Medical and sanitary report of the native army of Bengal for the year
Year: 1877
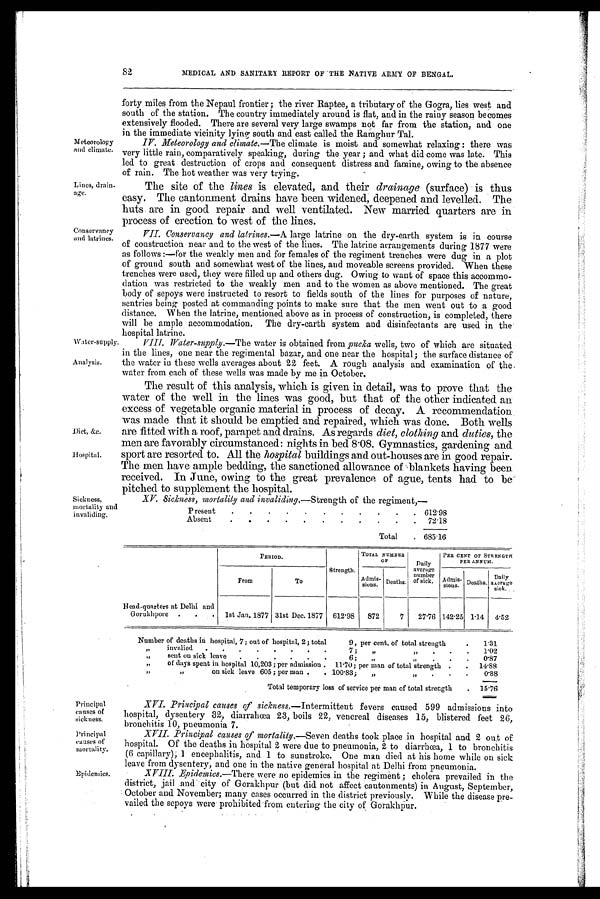
Meteorology
and climate.
Lines, drain-
age.
Conservancy
and latrines.
Water-supply.
Analysis.
Diet, &c.
hospital.
Sickness,
mortality and
invaliding.
Principal
causes of
sickness.
Principal
causes of
mortality.
Epidemics.
THE NATIVE ARMY OF BENGAL,
forty miles from the Nepaul frontier ; the river Raptee, a tributary of the Gogra, lies west and
south of the station. The country immediately around is flat, and in the rainy season becomes
extensively flooded. There are several very large swamps not far from the station, and one
in the immediate vicinity lying south and east called the Ramghur Tal.
IV. Meteorology and climate.— The climate is moist and somewhat relaxing there was
very little rain, comparatively speaking, during the year ; and what did come was late. This
led. to great destruction of crops and consequent distress and famine, owing to the absence
of rain. The hot weather was very trying.
The site of the lines is elevated, and their drainage (surface) is thus
easy. The cantonment drains have been widened, deepened and levelled. The
huts. are in good repair and well ventilated. New married quarters are in
process of erection to west of the lines.
VII.
Conservancy and latrines.— A large latrine on the dry-earth. system is in course
of construction near and to the west of the lines. The latrine arrangements during 1877 were
as follows :—for the weakly men and for females of the regiment trenches were dug in a plot
of ground south and somewhat west of the lines, and moveable screens provided. When these
trenches were used, they were filled up and others dug. Owing to want of space this accommo-
dation was restricted to the weakly men and to the women as above mentioned. The great
body of sepoys were instructed to resort to fields south of the lines for purposes of nature,
sentries being posted at commanding points to make sure that the men went out to a good
distance. When the latrine, mentioned above as in process of construction, is completed, there
will be ample accommodation. The dry-earth system and disinfectants are used in the
hospital latrine.
VIII.
Water-supply.—The water is obtained from pucka wells, two of which are situated
in the lines, one near the regimental bazar, and one near the hospital; the surface distance of
the water in these wells averages about 22 feet. A rough analysis and examination of the
water from each of these wells was made by me in October.
The result of this analysis, which is given in detail, was to prove that the
water of the well in the lines was good, but that of the other indicated an
excess of vegetable organic material in process of decay. A recommendation.
was made that it should be emptied and repaired, which was done. Both wells
are fitted with a roof, parapet and drains. As regards diet, clothing and duties, the
men are favorably circumstanced: nights in bed 8.08. Gymnastics, gardening and
sport are resorted to. All the hospital buildings and out-houses are in good repair.
The men have ample bedding, the sanctioned allowance of blankets having been
received. In June, owing to the great prevalence of ague, tents had to be
pitched to supplement the hospital.
XV. Sickness, mortality and invaliding .—Strength of the regiment,—
Present
.
.
.
.
.
.
.
.
.
.
.
612.98
Absent
.
.
.
.
.
.
.
.
.
.
.
72.18
Total
.
685.16
Head-quarters at Delhi and
Gorukhpore
.
.
.
PERIOD.
Strength.
TOTAL NUMBER
O F
Daily
average
number
of sick.
PER CENT
P E R C E N T
OF ST R EN GTH
ANNUAL.
From
To
Admis-
sions.
Deaths.
Admis-
s i o n s . Deaths.
Daily
average
sick.
1st Jan. 1877 31st Dec. 1877
612.98
872
7
27.76
142.25
1.14
4.52
Number of deaths in hospital, 7; out of hospital, 2; total
9, per cent. of total strength
.
1.31
„
invalied
.
. .
.
.
.
.
.
7
„ „
.
.
1.02
„
sent on sick leave
.
.
.
.
.
.
6;
„
„
.
.
.
0.87
„
of days spent in hospital 10,203; per admission .
11.70; per man of total strength
.
.
14.88
„ „
on sick leave 605; per man .
. 100.83;
„
„
.
.
.
0.88
Total temporary loss of service per man of total strength
.
15.76
XVI.
Principal causes of sickness .—Intermittent fevers caused 599 admissions into
hospital, dysentery 32, diarrahœa 23, boils 22, venereal diseases 15, blistered feet 20,
bronchitis 10, pneumonia 7.
XVII.
Principal causes of mortality.— Seven deaths took place in hospital and 2 out of
hospital. Of the deaths in hospital 2 were due to pneumonia, 2 to diarrhœa, 1 to bronchitis
(6 capillary), 1 encephalitis, and 1 to sunstroke. One man died at his home while on sick
leave from dysentery, and one in the native general hospital at Delhi from pneumonia.
XVIII.
Epidemics.—There were no epidemics in the regiment ; cholera prevailed in the
district, jail and city of Gorakhpur (but did not affect cantonments) in August, September,
October and November; many cases occurred in the district previously. While the disease pre-
vailed the sepoys were prohibited from entering the city of Gorakhpur.